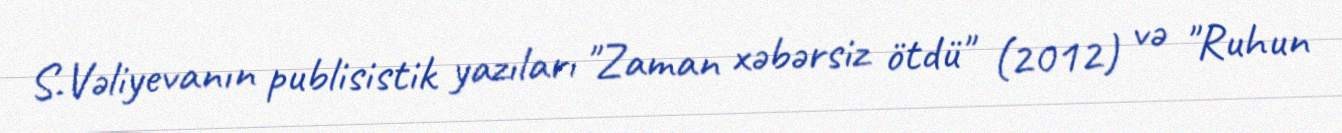
S.Vəliyevanın publisistik yazıları "Zaman xəbərsiz ötdü" (2012) və "Ruhun